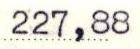
227,88